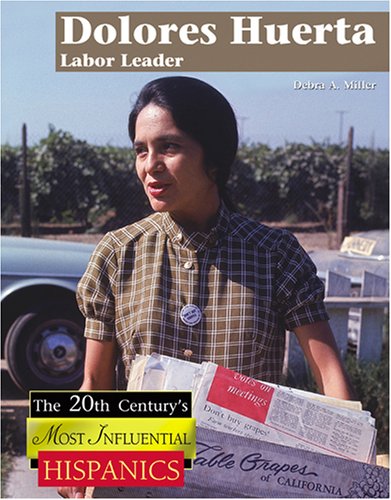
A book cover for Dolores Huerta: Labor Leader (The Twentieth Century's Most Influential Hispanics); Debra A. Miller; Teen & Young Adult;